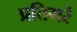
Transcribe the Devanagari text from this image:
प्रतिगरं